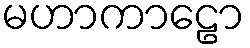
မဟာကာဠော